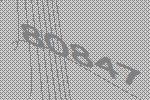
80847